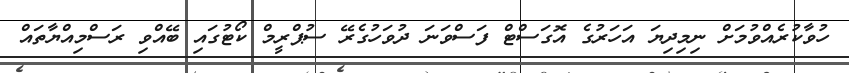
ހުވާކުރެއްވުމަށް ނިމިދިޔަ އަހަރުގެ އޮގަސްޓް ފަސްވަނަ ދުވަހުގެރޭ ސުޕްރީމް ކޯޓުގައި ބޭއްވި ރަސްމިއްޔާތައް